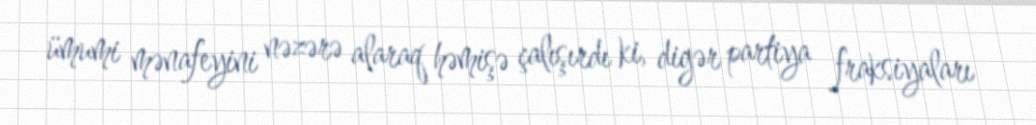
ümumi mənafeyini nəzərə alaraq həmişə çalışırdı ki, digər partiya fraksiyaları